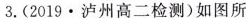
3.(2019.泸州高二检测)如图所